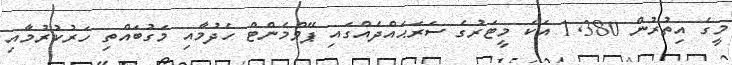
މީގެ އިތުރުން 1